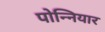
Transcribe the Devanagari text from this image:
पोन्नियार